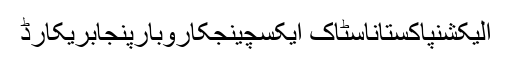
الیکشنپاکستاناسٹاک ایکسچینجکاروبارپنجابریکارڈ